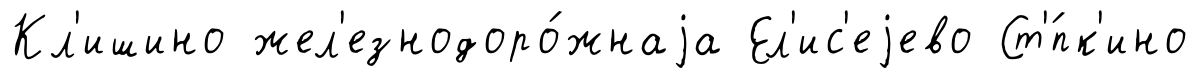
Кл'ишино жел'езнодоро́жнаjа Ел'ис'еjево Ст'́пк'ино